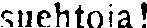
suehtoia!